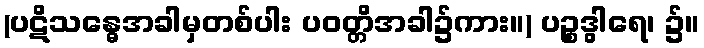
(ပဋိသန္ဓေအခါမှတစ်ပါး ပဝတ္တိအခါ၌ကား။) ပဉ္စဒွါရေ၊ ၌။